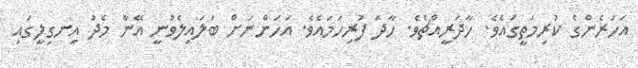
އަހަރެންގެ ކުރިމަތީގައެވެ. ހާދަރީއްޗެވެ. ހާދަ ފުރިހަމައެވެ. އަހަންނަށް ބަލައިލެވުނީ އޭނާ މެދު އިނގިލީގައި